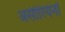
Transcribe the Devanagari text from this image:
असीरियनों